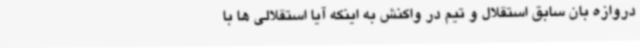
دروازه بان سابق استقلال و تیم در واکنش به اینکه آیا استقلالی ها با